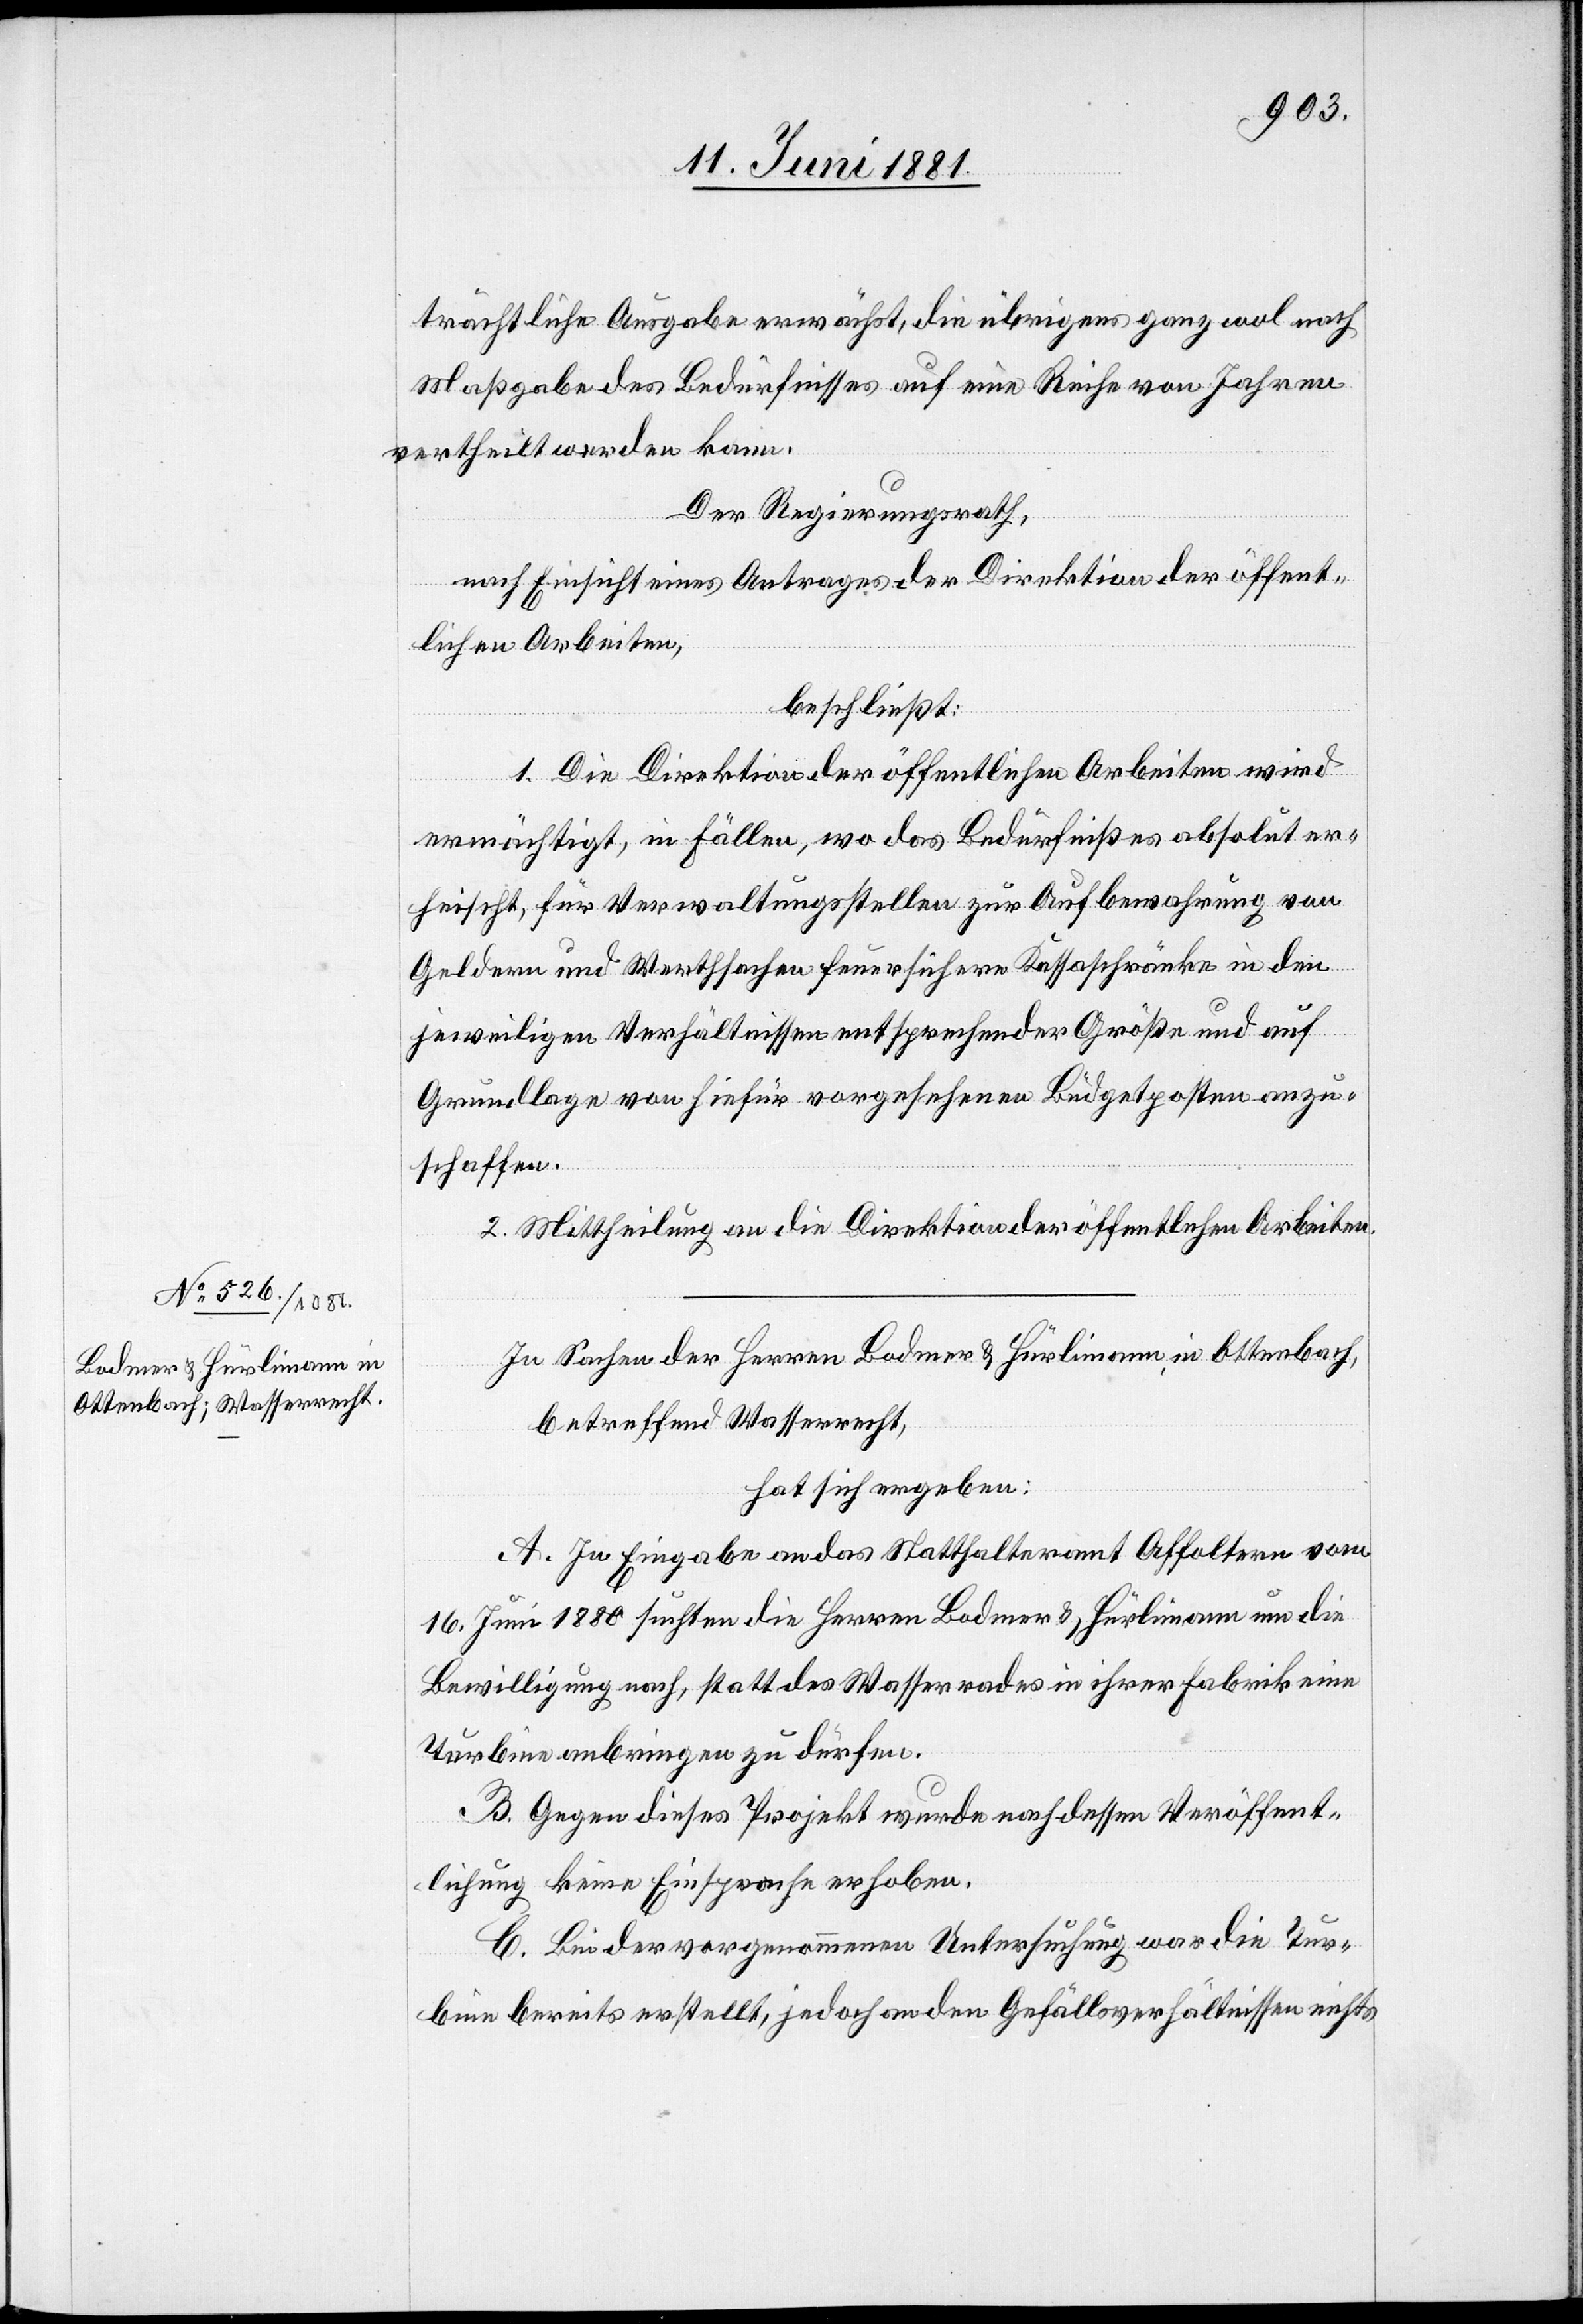
trächtliche Ausgabe erwächst, die übrigens ganz wol nach
Maßgabe des Bedürfnisses auf eine Reihe von Jahren
vertheilt werden kann.
Der Regierungsrath,
nach Einsicht eines Antrages der Direktion der öffent¬
lichen Arbeiten,
beschließt:
1. Die Direktion der öffentlichen Arbeiten wird
ermächtigt, in Fällen, wo das Bedürfniß es absolut er¬
heischt, für Verwaltungsstellen zur Aufbewahrung von
Geldern und Werthsachen feuersichere Kassaschränke in den
jeweiligen Verhältnissen entsprechender Größe und auf
Grundlage von hiefür vorgesehenen Budgetposten anzu¬
schaffen.
2. Mittheilung an die Direktion der öffentlichen Arbeiten.
In Sachen der Herren Bodmer & Hürlimann, in Ottenbach,
betreffend Wasserrecht,
hat sich ergeben:
A. In Eingabe an das Statthalteramt Affoltern vom
16. Juni 1880 suchten die Herren Bodmer & Hürlimann um die
Bewilligung nach, statt des Wasserrades in ihrer Fabrik eine
Turbine anbringen zu dürfen.
B. Gegen dieses Projekt wurde nach dessen Veröffent¬
lichung keine Einsprache erhoben.
C. Bei der vorgenommenen Untersuchung war die Tur¬
bine bereits erstellt, jedoch an den Gefällsverhältnissen nichts